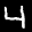
Label: 4